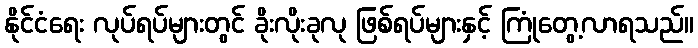
နိုင်ငံရေး လုပ်ရပ်များတွင် ခိုးလိုးခုလု ဖြစ်ရပ်များနှင့် ကြုံတွေ့လာရသည်။